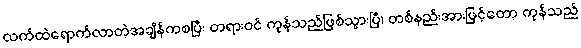
လက်ထဲရောက်လာတဲ့အချိန်ကစပြီး တရားဝင် ကုန်သည်ဖြစ်သွားပြီ၊ တစ်နည်းအားဖြင့်တော့ ကုန်သည်